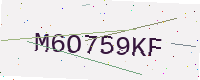
Text: M6O759KF